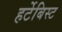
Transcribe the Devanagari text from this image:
हर्टेबिस्ट